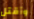
وأقتل